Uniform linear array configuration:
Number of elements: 16
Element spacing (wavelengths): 0.5
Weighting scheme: kaiser
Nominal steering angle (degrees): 30
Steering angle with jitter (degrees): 29.309
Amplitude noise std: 0.05
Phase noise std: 0.05

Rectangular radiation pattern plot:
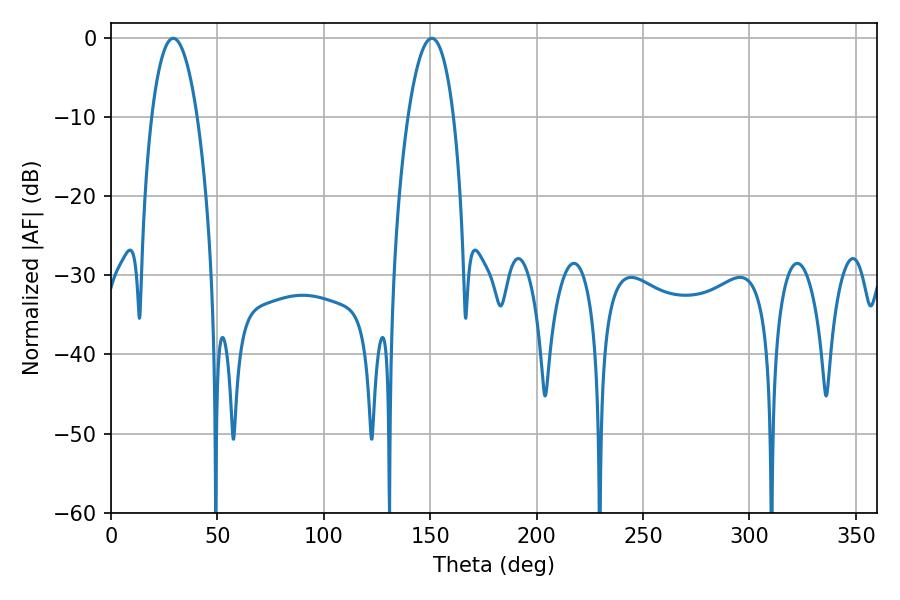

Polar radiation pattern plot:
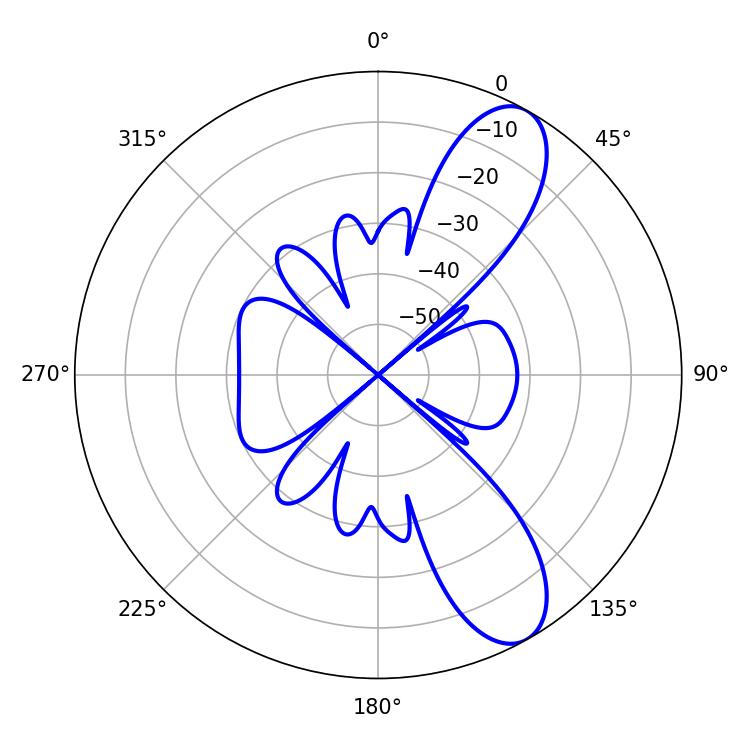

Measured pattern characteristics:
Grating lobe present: FALSE
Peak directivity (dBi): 9.646
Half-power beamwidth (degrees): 12.06
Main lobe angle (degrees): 29.34